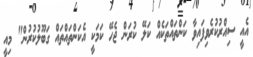
އެއީ ސިއްރުކުރެވިފައިވާ ކަންތައްތަކެއް ކަލޭ ކުރަން ޖެހޭ ކަމަކީ އެކަންތައްތައް ގަބޫލުކުރުން" މިއީ